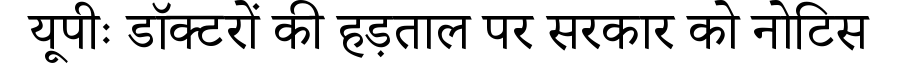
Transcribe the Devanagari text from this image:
यूपीः डॉक्टरों की हड़ताल पर सरकार को नोटिस